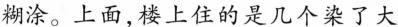
糊涂。上面，楼上住的是几个染了大